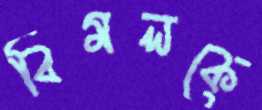
বিমলকে